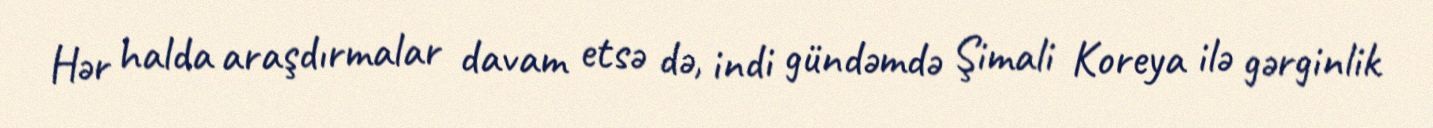
Hər halda araşdırmalar davam etsə də, indi gündəmdə Şimali Koreya ilə gərginlik